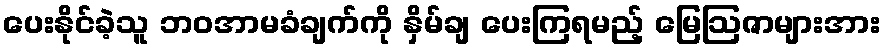
ပေးနိုင်ခဲ့သူ ဘဝအာမခံချက်ကို နှိမ်ချ ပေးကြရမည့် မြေဩဇာများအား